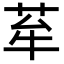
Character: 𦭷